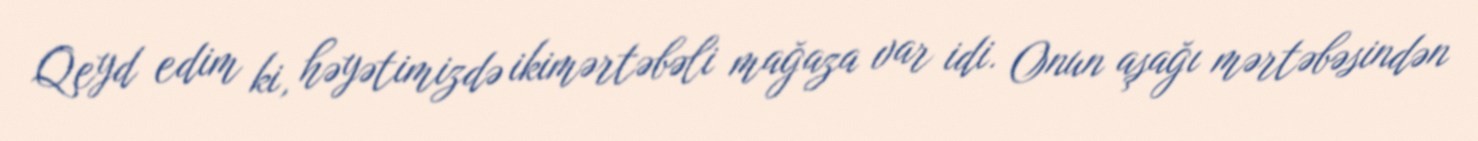
Qeyd edim ki, həyətimizdə ikimərtəbəli mağaza var idi. Onun aşağı mərtəbəsindən